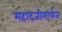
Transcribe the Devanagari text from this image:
महादजीमार्फत